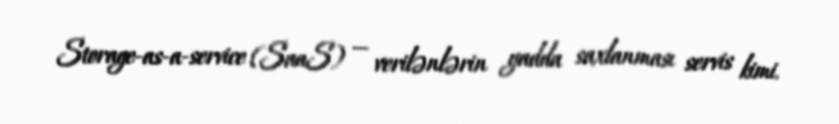
Storage-as-a-service (SaaS) — verilənlərin yadda saxlanması servis kimi.